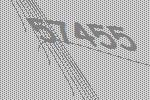
57455